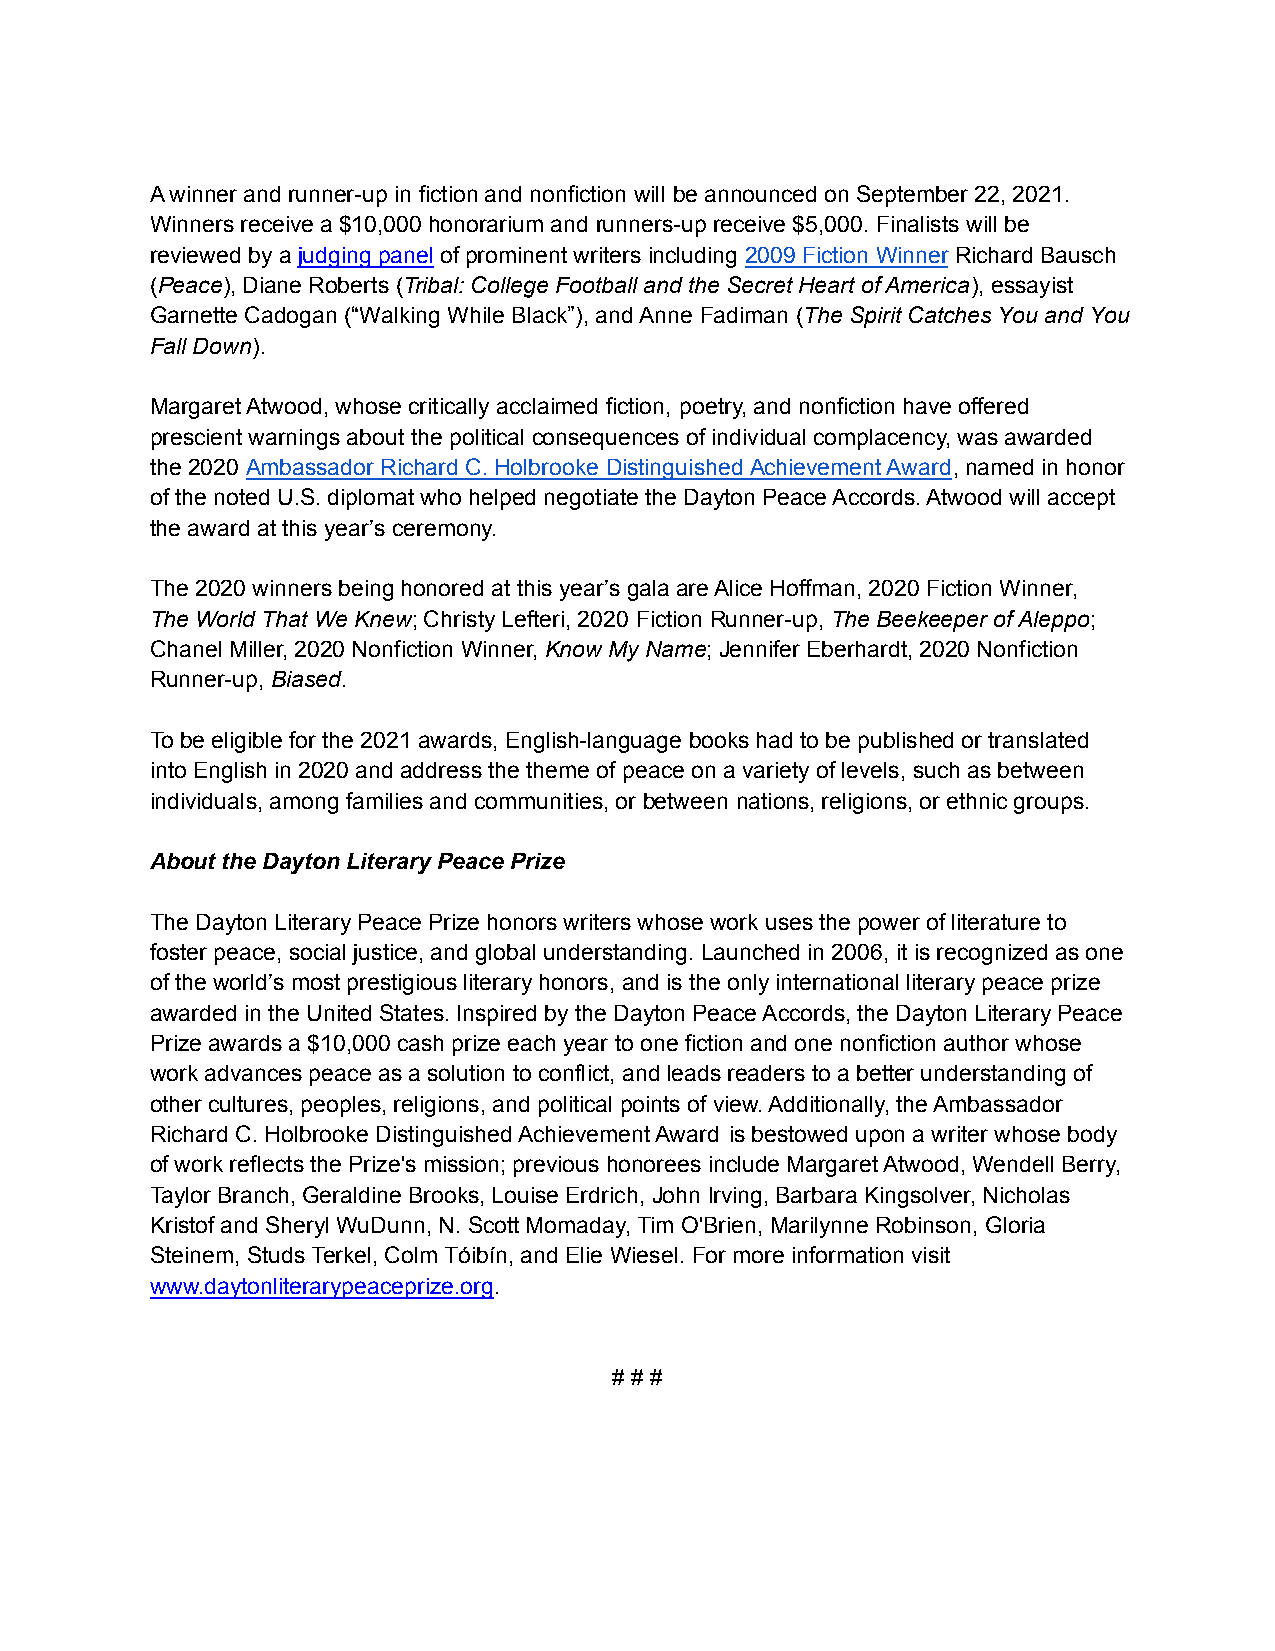
A winner and runner-up in fiction and nonfiction will be announced on September 22, 2021.
 Winners receive a $10,000 honorarium and runners-up receive $5,000. Finalists will be
 reviewed by a judging panel of prominent writers including 2009 Fiction Winner Richard Bausch
 (Peace), Diane Roberts (Tribal: College Football and the Secret Heart of America), essayist
 Garnette Cadogan (“Walking While Black”), and Anne Fadiman (The Spirit Catches You and You
 Fall Down).
 Margaret Atwood, whose critically acclaimed fiction, poetry, and nonfiction have offered
 prescient warnings about the political consequences of individual complacency, was awarded
 the 2020 Ambassador Richard C. Holbrooke Distinguished Achievement Award, named in honor
 of the noted U.S. diplomat who helped negotiate the Dayton Peace Accords. Atwood will accept
 the award at this year’s ceremony.
 The 2020 winners being honored at this year’s gala are Alice Hoffman, 2020 Fiction Winner,
 The World That We Knew; Christy Lefteri, 2020 Fiction Runner-up, The Beekeeper of Aleppo;
 Chanel Miller, 2020 Nonfiction Winner, Know My Name; Jennifer Eberhardt, 2020 Nonfiction
 Runner-up, Biased.
 To be eligible for the 2021 awards, English-language books had to be published or translated
 into English in 2020 and address the theme of peace on a variety of levels, such as between
 individuals, among families and communities, or between nations, religions, or ethnic groups.
 About the Dayton Literary Peace Prize
 The Dayton Literary Peace Prize honors writers whose work uses the power of literature to
 foster peace, social justice, and global understanding. Launched in 2006, it is recognized as one
 of the world’s most prestigious literary honors, and is the only international literary peace prize
 awarded in the United States. Inspired by the Dayton Peace Accords, the Dayton Literary Peace
 Prize awards a $10,000 cash prize each year to one fiction and one nonfiction author whose
 work advances peace as a solution to conflict, and leads readers to a better understanding of
 other cultures, peoples, religions, and political points of view. Additionally, the Ambassador
 Richard C. Holbrooke Distinguished Achievement Award is bestowed upon a writer whose body
 of work reflects the Prize's mission; previous honorees include Margaret Atwood, Wendell Berry,
 Taylor Branch, Geraldine Brooks, Louise Erdrich, John Irving, Barbara Kingsolver, Nicholas
 Kristof and Sheryl WuDunn, N. Scott Momaday, Tim O'Brien, Marilynne Robinson, Gloria
 Steinem, Studs Terkel, Colm Tóibín, and Elie Wiesel. For more information visit
 www.daytonliterarypeaceprize.org.
 # # #